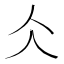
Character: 仌